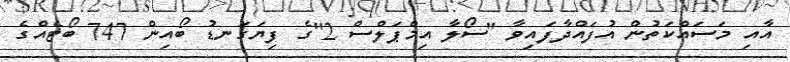
އާއި މަސައްކަތުން އުފައްދާފައިވާ "ސޯލާ އިމްޕަލްސް 2"ގެ ފިޔަގަނޑު ބޯއިން 747 ބޯޓެއްގެ